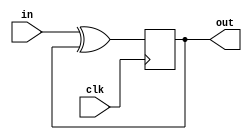
module top_module (
    input clk,
    input in, 
    output out);
	wire w;
    assign w = in ^ out;
    always @(posedge clk)
        begin
            out<=w;
        end
endmodule